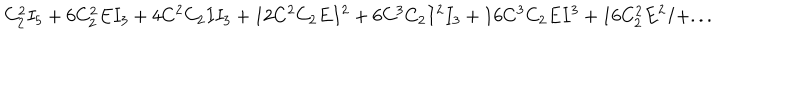
LaTeX: C _ { 2 } ^ { 2 } I _ { 5 } + 6 C _ { 2 } ^ { 2 } E I _ { 3 } + 4 C ^ { 2 } C _ { 2 } I I _ { 3 } + 1 2 C ^ { 2 } C _ { 2 } E I ^ { 2 } + 6 C ^ { 3 } C _ { 2 } I ^ { 2 } I _ { 3 } + 1 6 C ^ { 3 } C _ { 2 } E I ^ { 3 } + 1 6 C _ { 2 } ^ { 2 } E ^ { 2 } I + . . .